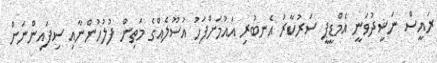
ރައީސް ނަޝީދުވަނީ އެމްޑީޕީ ސަރުކާރު އެނބުރި އައުމަށްފަހު އުސޫލެއްގެ މަތިން ފުލުހުންނާއި ސިފައިންނަށް